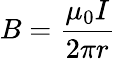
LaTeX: B={\frac{\mu_{0}I}{2\pi r}}